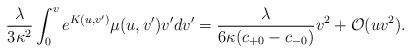
LaTeX: \begin{align*} \frac{\lambda}{3\kappa^2}\int_0^ve^{K(u,v')}\mu(u,v')v'dv'=\frac{\lambda}{6\kappa(c_{+0}-c_{-0})}v^2+\mathcal{O}(uv^2).\end{align*}